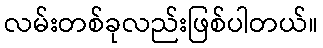
လမ်းတစ်ခုလည်းဖြစ်ပါတယ်။